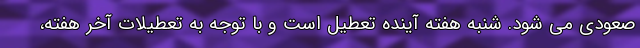
صعودی می شود. شنبه هفته آینده تعطیل است و با توجه به تعطیلات آخر هفته،